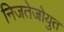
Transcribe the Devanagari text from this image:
निजतेजोयुत